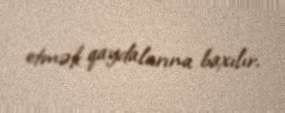
etmək qaydalarına baxılır.